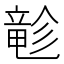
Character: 𲎬